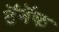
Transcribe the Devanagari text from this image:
टॅनॅक